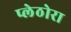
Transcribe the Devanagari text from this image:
प्लेठोरा